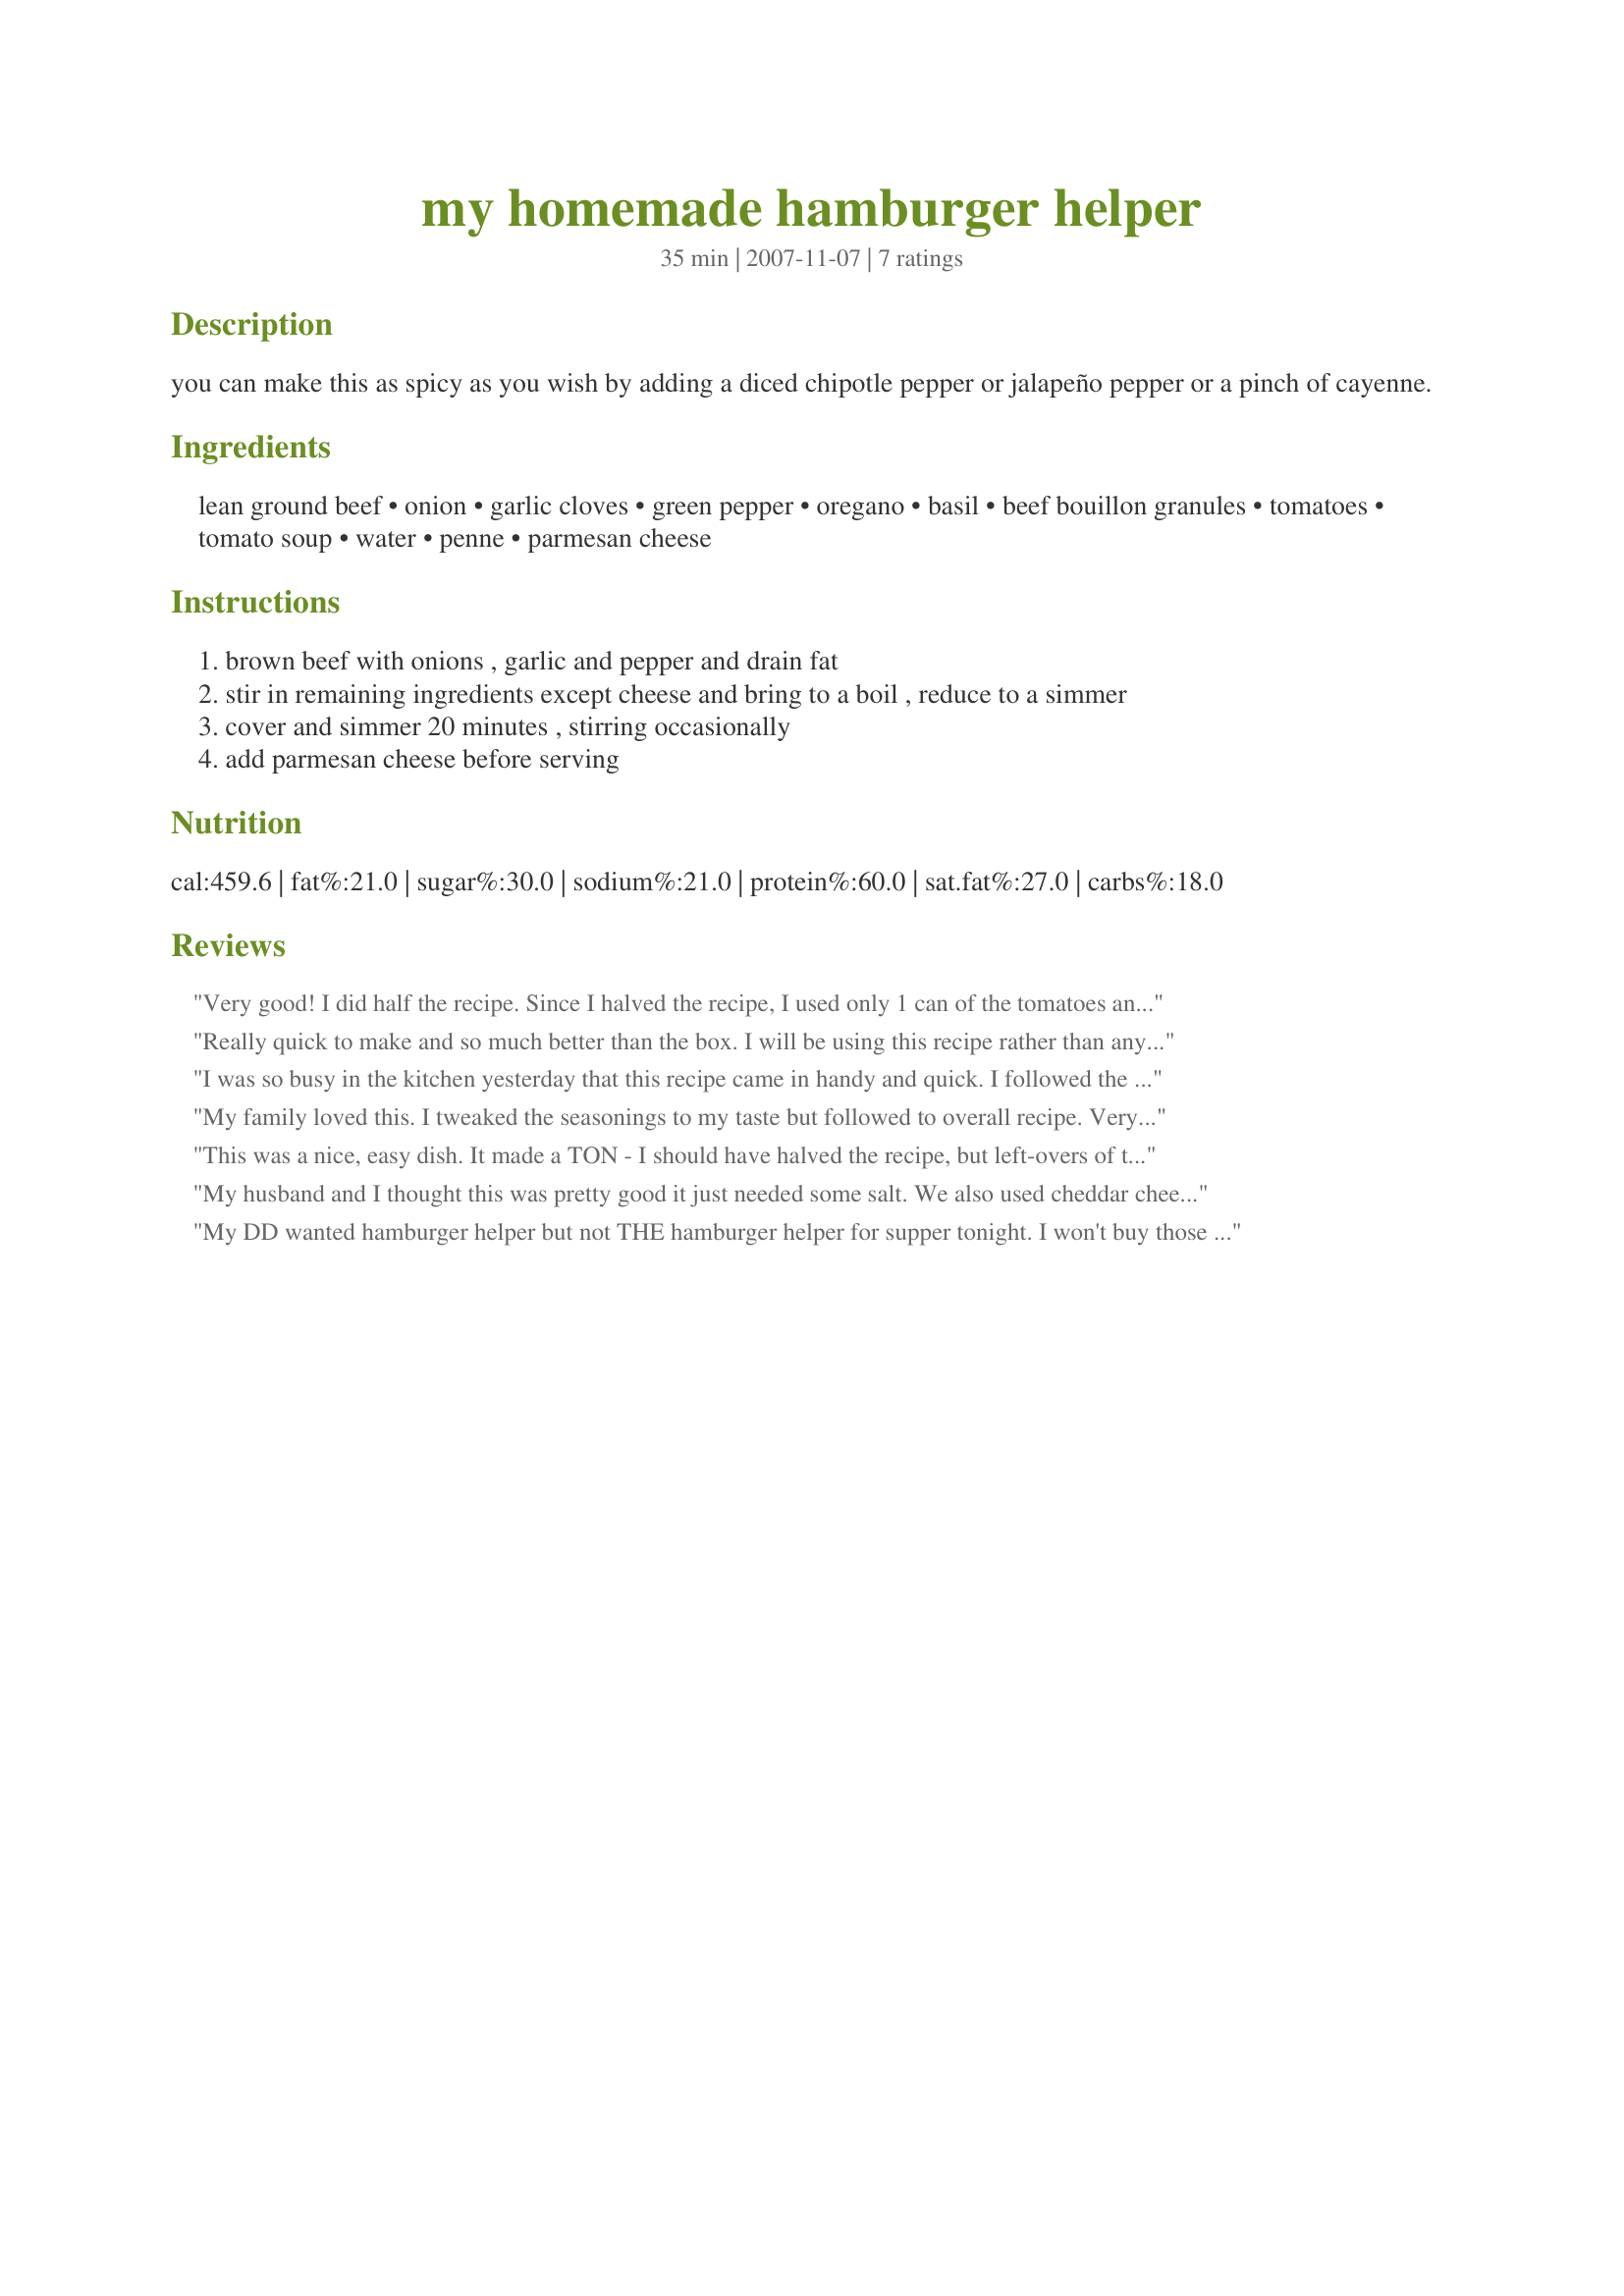
my homemade hamburger helper
Preparation time: 35 minutes

you can make this as spicy as you wish by adding a diced chipotle pepper or jalapeño pepper or a pinch of cayenne.

Ingredients:
lean ground beef, onion, garlic cloves, green pepper, oregano, basil, beef bouillon granules, tomatoes, tomato soup, water, penne, parmesan cheese

Steps:
brown beef with onions , garlic and pepper and drain fat
stir in remaining ingredients except cheese and bring to a boil , reduce to a simmer
cover and simmer 20 minutes , stirring occasionally
add parmesan cheese before serving

Reviews:
Very good! I did half the recipe. Since I halved the recipe, I used only 1 can of the tomatoes and used the whole can of tomato soup. I thought that I had basil, but....of course not! I subbed the oregano and the basil for italian seasoning(I didn't add the additional oregano since it has it in it already). Very easy to prepare. Made for Fall 07 Photo tag.
Really quick to make and so much better than the box. I will be using this recipe rather than any of the boxed stuff.
I was so busy in the kitchen yesterday that this recipe came in handy and quick. I followed the recipe exact and it made SO MUCH. I called my sister and had her come over and grab some for her and the kids. Next time I will cut recipe in half. Made for Everyday Is A Holiday Tag Game
My family loved this. I tweaked the seasonings to my taste but followed to overall recipe. Very good, cost effective recipe. Thanks for posting.
This was a nice, easy dish. It made a TON - I should have halved the recipe, but left-overs of this will go quickly. I followed the recipe as written except I omitted the green pepper (husband is fussy). I will make this again! Made for 1-2-3 Hits! Tag Game.
My husband and I thought this was pretty good it just needed some salt. We also used cheddar cheese instead of parmesan. It makes A LOT. My skillet was full.
Thank you.
My DD wanted hamburger helper but not THE hamburger helper for supper tonight. I won't buy those box things. So I picked this recipe. It was absolutely delicious. So glad I tried it. But I love all pasta dishes and this one especially. It was so quick to put together and let the stove do the cooking. I cut this recipe in half kind of. I used 1 lb of meat and one can of tomatoes but it was 15 oz so I added 8oz of tomato sauce and the full can of soup. Used 2 cups of water and being that rigatoni is much bigger than penne or elbow I used 4 cups of rigatoni. It turned out to a perfect blend of sauce and pasta. The flavors were really amazing. I will keep this recipe in my cookbook of faves. Thanks so much for this recipe Lorrie.
